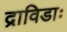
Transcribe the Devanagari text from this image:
द्राविडाः